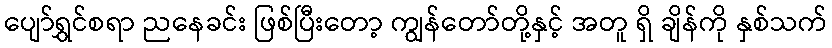
ပျော်ရွှင်စရာ ညနေခင်း ဖြစ်ပြီးတော့ ကျွန်တော်တို့နှင့် အတူ ရှိ ချိန်ကို နှစ်သက်